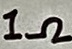
Text: 1Ω